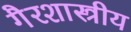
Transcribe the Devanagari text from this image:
गैरशास्त्रीय